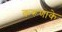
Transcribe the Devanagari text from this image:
करूणाके